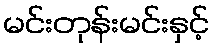
မင်းတုန်းမင်းနှင့်